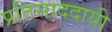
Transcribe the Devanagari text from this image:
प्रतिसाददायी